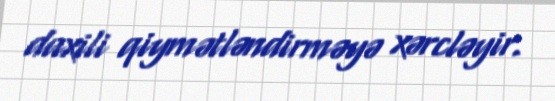
daxili qiymətləndirməyə xərcləyir.